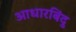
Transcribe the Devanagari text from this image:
आधारबिंदु